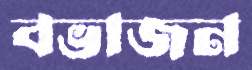
বভাজন